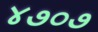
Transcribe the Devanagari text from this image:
४७०७